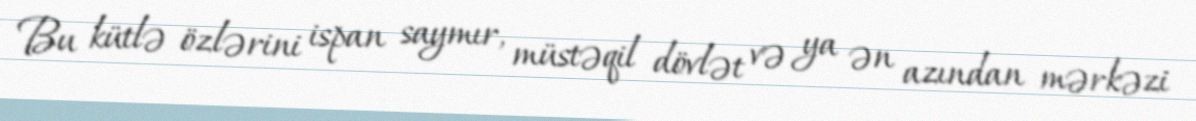
Bu kütlə özlərini ispan saymır, müstəqil dövlət və ya ən azından mərkəzi